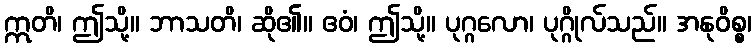
ဣတိ၊ ဤသို့။ ဘာသတိ၊ ဆို၏။ ဧဝံ၊ ဤသို့။ ပုဂ္ဂလော၊ ပုဂ္ဂိုလ်သည်။ အနုဝိစ္စ၊